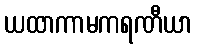
ယထာကာမကရဏီယာ